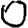
Digit: 0